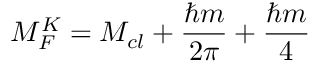
M _ { F } ^ { K } = M _ { c l } + \frac { \hbar m } { 2 \pi } + \frac { \hbar m } { 4 }